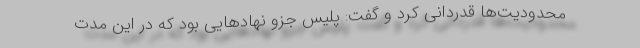
محدودیت‌ها قدردانی کرد و گفت: پلیس جزو نهادهایی بود که در این مدت